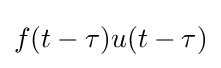
f(t-\tau )u(t-\tau )